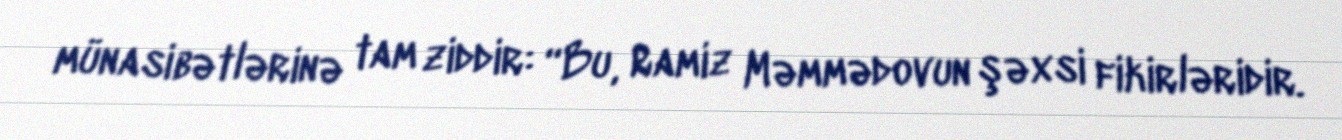
münasibətlərinə tam ziddir: “Bu, Ramiz Məmmədovun şəxsi fikirləridir.